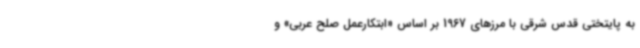
به پایتختی قدس شرقی با مرزهای 1967 بر اساس «ابتکارعمل صلح عربی» و